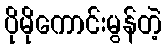
ပိုမိုကောင်းမွန်တဲ့